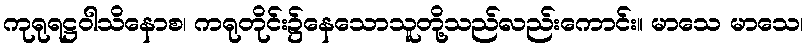
ကုရုရဋ္ဌဝါသိနောစ၊ ကရုတိုင်း၌နေသောသူတို့သည်လည်းကောင်း။ မာသေ မာသေ၊